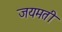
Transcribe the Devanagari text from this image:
जयमती